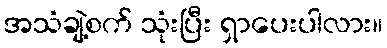
အသံချဲ့စက် သုံးပြီး ရှာပေးပါလား။